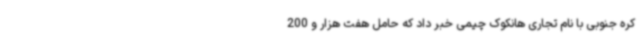
کره جنوبی با نام تجاری هانکوک چیمی خبر داد که حامل هفت هزار و 200